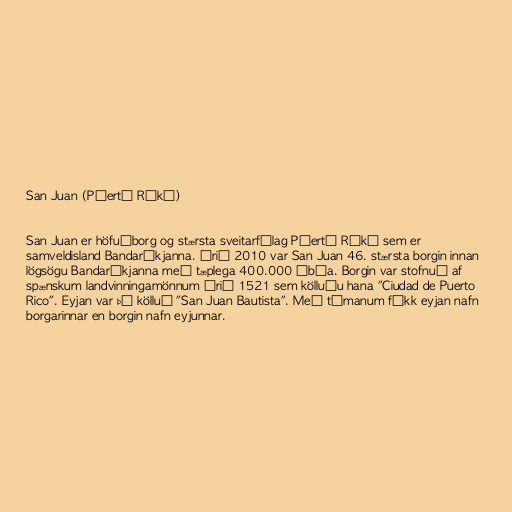
San Juan (Púertó Ríkó)

San Juan er höfuðborg og stærsta sveitarfélag Púertó Ríkó sem er
samveldisland Bandaríkjanna. Árið 2010 var San Juan 46. stærsta borgin innan
lögsögu Bandaríkjanna með tæplega 400.000 íbúa. Borgin var stofnuð af
spænskum landvinningamönnum árið 1521 sem kölluðu hana "Ciudad de Puerto
Rico". Eyjan var þá kölluð "San Juan Bautista". Með tímanum fékk eyjan nafn
borgarinnar en borgin nafn eyjunnar.